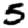
Digit: 5